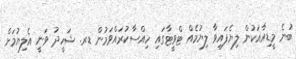
ބުނެ މީޑިއާއަކުން ލިޔެފައިވާ ލިޔުމެއް ޓްވީޓާގައި ހިއްސާކުރައްވަމުން ޑރ. ޝަހީދު ވަނީ އެލިޔުމަށް